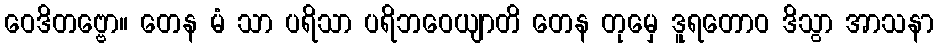
ဝေဒိတဗ္ဗော။ တေန မံ သာ ပရိသာ ပရိဘဝေယျာတိ တေန တုမှေ ဒူရတောဝ ဒိသွာ အာသနာ